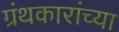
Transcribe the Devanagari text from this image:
ग्रंथकारांच्या